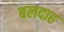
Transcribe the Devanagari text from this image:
बलदाह